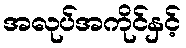
အလုပ်အကိုင်နှင့်